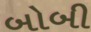
બોબી